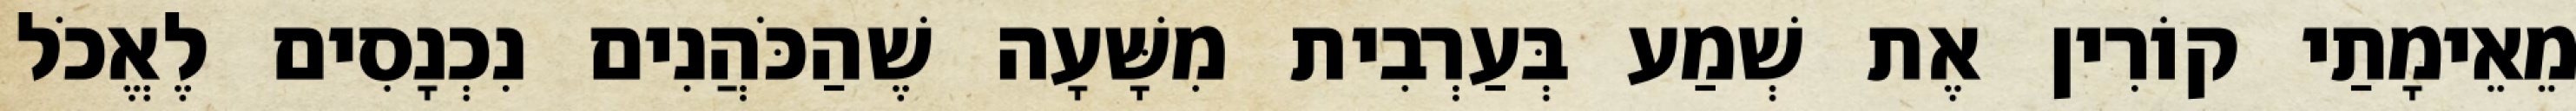
מֵאֵימָתַי קוֹרִין אֶת שְׁמַע בְּעַרְבִית מִשָּׁעָה שֶׁהַכֹּהֲנִים נִכְנָסִים לֶאֱכֹל